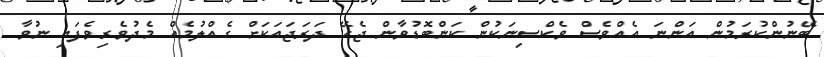
ބޭނުންކުރަމުން އަންނަ އެއްވެސް ވެކްސިނަކުން ކަންބޮޑުވާން ޖެހޭ ދަރަޖައަކަށް ގެއްލުމެއް މެދުވެރިވެފައި ނުވާ